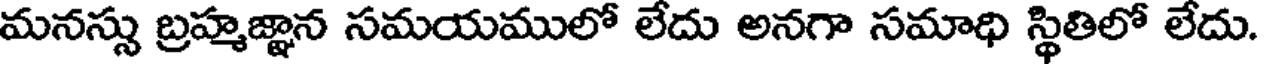
మనస్సు బ్రహ్మజ్ఞాన సమయములో లేదు అనగా సమాధి స్థితిలో లేదు.